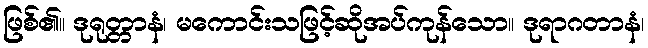
ဖြစ်၏။ ဒုရုတ္တာနံ၊ မကောင်းသဖြင့်ဆိုအပ်ကုန်သော။ ဒုရာဂတာနံ၊